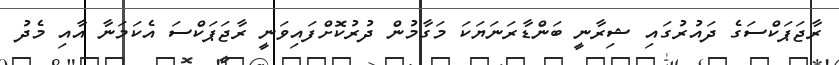
ރާޖަޕަކްސަގެ ދައުރުގައި ޝިރާނީ ބަންޑާރަނަޔަކަ މަގާމުން ދުުރުކޮށްފައިވަނީ ރާޖަޕަކްސަ އެކަމަނާ އާއި މެދު